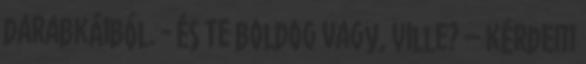
darabkáiból. - És Te boldog vagy, Ville? – kérdem